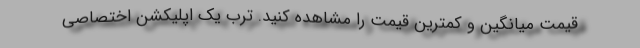
قیمت میانگین و کمترین قیمت را مشاهده کنید. ترب یک اپلیکشن اختصاصی